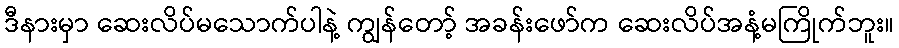
ဒီနားမှာ ဆေးလိပ်မသောက်ပါနဲ့ ကျွန်တော့် အခန်းဖော်က ဆေးလိပ်အနံ့မကြိုက်ဘူး။